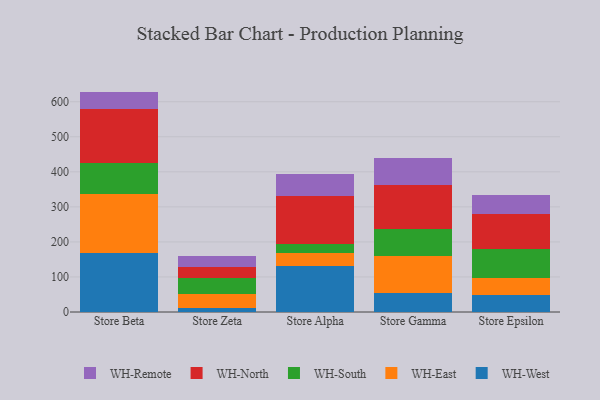
{"axis": {"x": "Store", "y": "Customer Acquisition Cost (USD)"}, "legend": ["WH-East", "WH-North", "WH-Remote", "WH-South", "WH-West"], "data": [{"x": "Store Beta", "y": 167.0, "type": "WH-West"}, {"x": "Store Beta", "y": 170.3, "type": "WH-East"}, {"x": "Store Beta", "y": 88.8, "type": "WH-South"}, {"x": "Store Beta", "y": 152.9, "type": "WH-North"}, {"x": "Store Beta", "y": 49.9, "type": "WH-Remote"}, {"x": "Store Zeta", "y": 11.1, "type": "WH-West"}, {"x": "Store Zeta", "y": 41.0, "type": "WH-East"}, {"x": "Store Zeta", "y": 45.7, "type": "WH-South"}, {"x": "Store Zeta", "y": 29.2, "type": "WH-North"}, {"x": "Store Zeta", "y": 34.0, "type": "WH-Remote"}, {"x": "Store Alpha", "y": 130.5, "type": "WH-West"}, {"x": "Store Alpha", "y": 36.6, "type": "WH-East"}, {"x": "Store Alpha", "y": 26.7, "type": "WH-South"}, {"x": "Store Alpha", "y": 138.0, "type": "WH-North"}, {"x": "Store Alpha", "y": 62.4, "type": "WH-Remote"}, {"x": "Store Gamma", "y": 54.2, "type": "WH-West"}, {"x": "Store Gamma", "y": 105.1, "type": "WH-East"}, {"x": "Store Gamma", "y": 76.7, "type": "WH-South"}, {"x": "Store Gamma", "y": 127.7, "type": "WH-North"}, {"x": "Store Gamma", "y": 75.4, "type": "WH-Remote"}, {"x": "Store Epsilon", "y": 47.1, "type": "WH-West"}, {"x": "Store Epsilon", "y": 51.1, "type": "WH-East"}, {"x": "Store Epsilon", "y": 81.3, "type": "WH-South"}, {"x": "Store Epsilon", "y": 101.2, "type": "WH-North"}, {"x": "Store Epsilon", "y": 53.4, "type": "WH-Remote"}]}